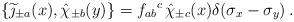
LaTeX: \begin{align*}\{\widetilde\jmath_{\pm a}(x),\hat\chi_{\pm b}(y)\} = {f_{ab}}^c\,\hat\chi_{\pm c}(x)\delta(\sigma_x-\sigma_y)\, .\end{align*}